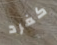
كفرد